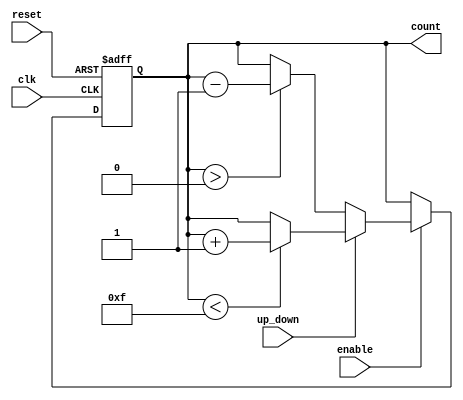
module synchronous_counter (
    input wire clk,          // Clock signal
    input wire reset,        // Asynchronous reset signal
    input wire enable,       // Enable signal
    input wire up_down,      // Count direction (1 for up, 0 for down)
    output reg [N-1:0] count // Current count value
);
    parameter N = 4; // Bit width of the counter (can be changed to 8 for an 8-bit counter)

    // Asynchronous reset and synchronous counting
    always @(posedge clk or posedge reset) begin
        if (reset) begin
            count <= 0; // Reset the counter to zero
        end else if (enable) begin
            if (up_down) begin
                // Increment the counter with overflow handling
                if (count < (2**N - 1)) begin
                    count <= count + 1; // Increment
                end
            end else begin
                // Decrement the counter with underflow handling
                if (count > 0) begin
                    count <= count - 1; // Decrement
                end
            end
        end
    end
endmodule